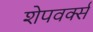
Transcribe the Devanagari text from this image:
शेपवर्क्स